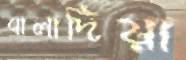
বালাদিয়া